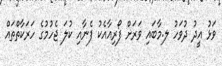
ވަޅު އީދު ދުވަހު ލ.މާބައި ވަރަށް ފޯރިއާއެކު ފެނާއި ކުލަ ޖެހުމުގެ ހަރަކާތްތައް